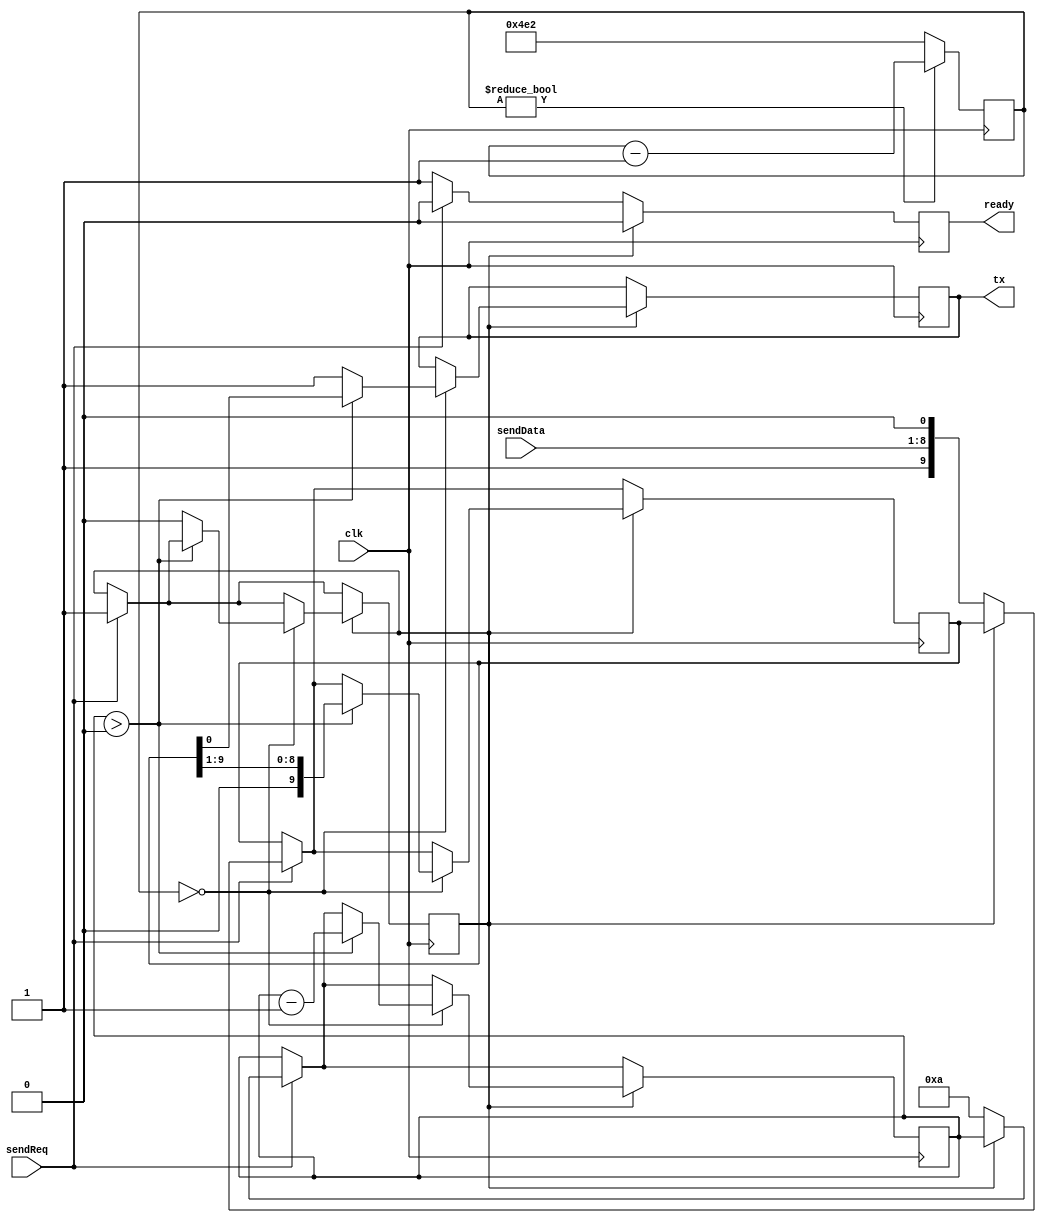
module uart #(parameter CLK_MHZ = 12) (
    input clk,
    input [7:0] sendData,
    input sendReq,
    output tx,
    output reg ready
);

    localparam TICKS_PER_CYCLE = (1000000 * CLK_MHZ) / 9600;
    reg [13:0] serialClock = 0;
	always @ (posedge clk) begin
		if (serialClock != 0)
			serialClock <= serialClock - 1;
		else
			serialClock <= TICKS_PER_CYCLE;
    end

	reg [4:0] sendBitCount = 0;
	reg [9:0] sendBits;
	reg sending = 0;

	reg txReg = 1;
    assign tx = txReg;

	always @ (posedge clk) begin
        ready <= 1;
	    if (sendReq) begin
            ready <= 0;
            if (!sending) begin
            	sendBits <= {1'b1, sendData, 1'b0};
                sendBitCount <= 10;
                sending <= 1;
            end
        end
        if (sending) begin
            ready <= 0;
            if (serialClock == 0) begin
                if (sendBitCount > 0) begin
                    sendBitCount <= sendBitCount - 1;
                    txReg <= sendBits[0];
                    sendBits <= sendBits >> 1;
                end else begin
                    txReg <= 1;
                    sending <= 0;
                end
            end
        end
    end

endmodule